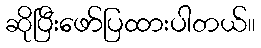
ဆိုပြီးဖော်ပြထားပါတယ်။